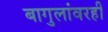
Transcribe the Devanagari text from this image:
बागुलांवरही